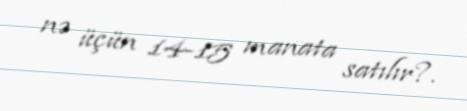
nə üçün 14-15 manata satılır?.